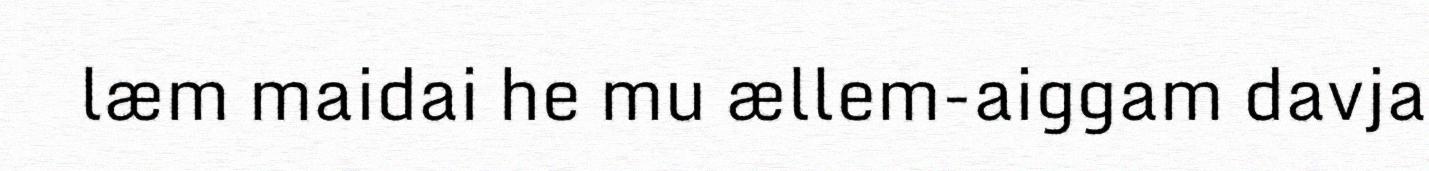
læm maidai he mu ællem-aiggam davja